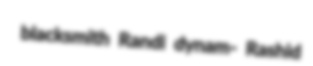
blacksmith Randi dynam- Rashid